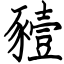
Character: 豷